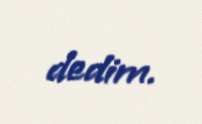
dedim.